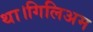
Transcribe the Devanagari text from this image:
था।गिलिअम